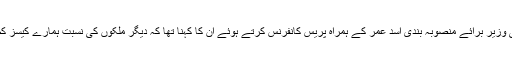
وفاقی وزیر برائے منصوبہ بندی اسد عمر کے ہمراہ پریس کانفرنس کرتے ہوئے ان کا کہنا تھا کہ دیگر ملکوں کی نسبت ہمارے کیسز کم ہیں۔